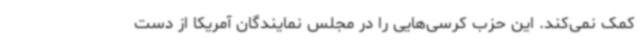
کمک نمی‌کند. این حزب کرسی‌هایی را در مجلس نمایندگان آمریکا از دست